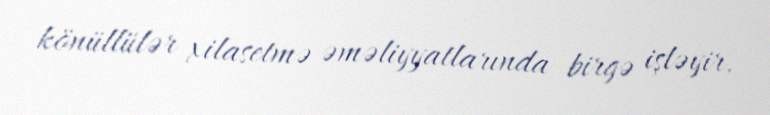
könüllülər xilasetmə əməliyyatlarında birgə işləyir.